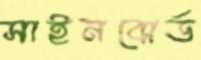
সাইনবোর্ড